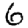
Digit: 6